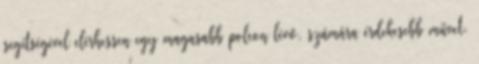
segítségével elérhessen egy magasabb polcon lévő, számára érdekesebb művet.